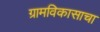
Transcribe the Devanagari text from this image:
ग्रामविकासाचा